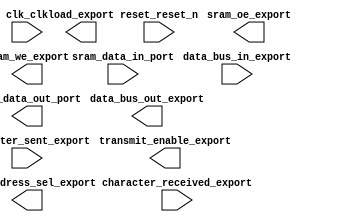

module microprocessor (
	character_received_export,
	character_sent_export,
	clk_clk,
	data_bus_in_export,
	data_bus_out_export,
	load_export,
	reset_reset_n,
	sram_address_sel_export,
	sram_oe_export,
	sram_data_in_port,
	sram_data_out_port,
	sram_we_export,
	transmit_enable_export);	

	input		character_received_export;
	input		character_sent_export;
	input		clk_clk;
	input	[7:0]	data_bus_in_export;
	output	[7:0]	data_bus_out_export;
	output		load_export;
	input		reset_reset_n;
	output	[7:0]	sram_address_sel_export;
	output		sram_oe_export;
	input	[31:0]	sram_data_in_port;
	output	[31:0]	sram_data_out_port;
	output		sram_we_export;
	output		transmit_enable_export;
endmodule